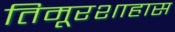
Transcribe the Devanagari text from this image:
तिमूरशाहास